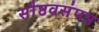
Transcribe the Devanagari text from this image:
सौष्ठवसंपन्न